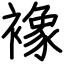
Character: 襐